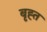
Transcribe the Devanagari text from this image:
बृह्त